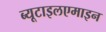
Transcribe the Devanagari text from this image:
ब्यूटाइलएमाइन